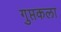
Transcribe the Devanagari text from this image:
गुप्तकला